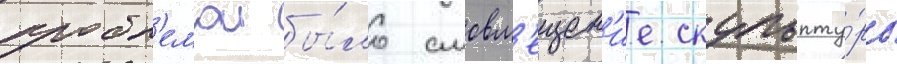
пробл'емои бы́ло смовм'ещен'ие скульпту́ры